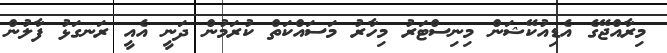
މިރާއްޖޭގެ އެޑިއުކޭޝަން މިިނިސްޓަރު މިހާރު މަސައްކަތް ކުރަމުން ދަނީ އެއީ ރަނގަޅު ފާލުން